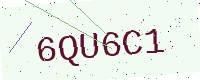
Text: 6QU6C1